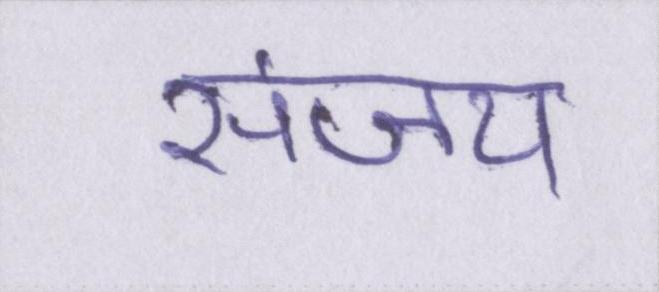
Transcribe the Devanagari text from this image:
संजय